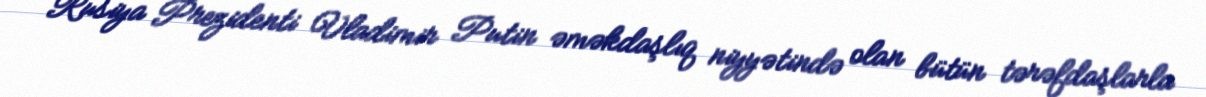
Rusiya Prezidenti Vladimir Putin əməkdaşlıq niyyətində olan bütün tərəfdaşlarla